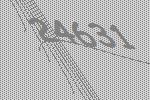
24631